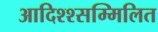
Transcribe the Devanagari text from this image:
आदिश्श्सम्मिलित